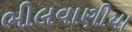
ભીલવાણીયા